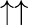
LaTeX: \uparrow\uparrow